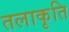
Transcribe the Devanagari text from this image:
तलाकृति